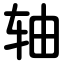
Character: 轴